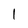
Character: 1